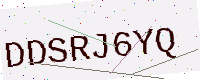
Text: DDSRJ6YQ